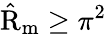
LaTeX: \mathrm{\hat{R}}_{\mathrm{m}}\geq\pi^{2}